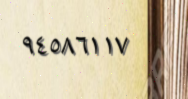
٩٤٥٨٦١١٧